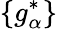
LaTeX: \{ g_{\alpha}^{*}\}